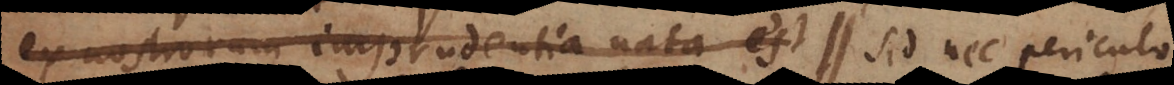
ex nostrorum imprudentia nata est. Sed nec periculo